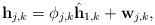
LaTeX: \begin{align*}\textbf{h}_{j,k} = \phi_{j,k} \hat{\textbf{h}}_{1,k} + \textbf{w}_{j,k},\end{align*}